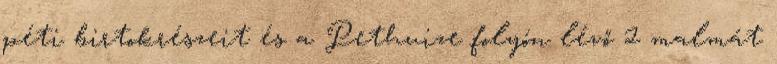
péti birtokrészeit és a Pethuize folyón lévő 2 malmát